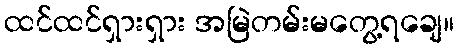
ထင်ထင်ရှားရှား အမြဲတမ်းမတွေ့ရချေ။